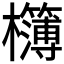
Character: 𭬾